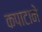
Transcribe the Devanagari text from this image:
कपाटाने